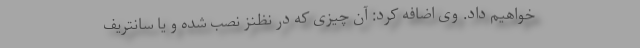
خواهیم داد. وی اضافه کرد: آن چیزی که در نظنز نصب شده و یا سانتریف